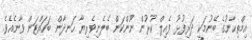
އިމްތިޙާނުގެ ބޭނުމަކީ ދަރިފުޅު ފެއިލް ކުރުން ނޫންކަން ބެލެނިވެރިޔާ ހަނދާން ބަހައްޓަން ވާނެއެވެ.